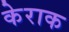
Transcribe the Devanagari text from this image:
केराक